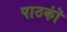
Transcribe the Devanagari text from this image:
पाठकॊं